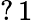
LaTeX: ?\, 1